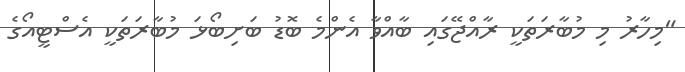
"މިހާރު މި މުބާރަތަކީ ރާއްޖޭގައި ބާއްވާ އެންމެ ބޮޑު ބަށިބޯޅަ މުބާރަތަކީ އެސްޓީއޯގެ